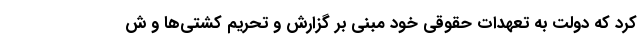
کرد که دولت به تعهدات حقوقی خود مبنی بر گزارش و تحریم کشتی‌ها و ش